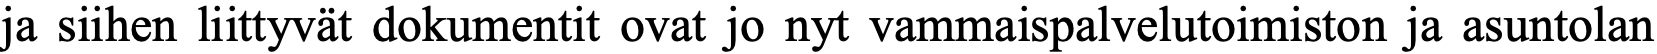
ja siihen liittyvät dokumentit ovat jo nyt vammaispalvelutoimiston ja asuntolan